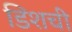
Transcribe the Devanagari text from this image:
डिशची